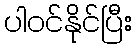
ပါဝင်နိုင်ပြီး